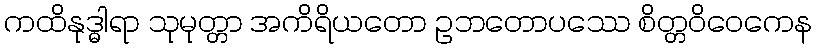
ကထိနုဒ္ဓါရာ သုမုတ္တာ အကိရိယတော ဥဘတောပဿေ စိတ္တဝိဝေကေန